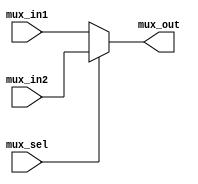
//////////////////this is for mux signextention 
module mux16 (mux_sel,mux_in1,mux_in2,mux_out);

	input [15:0] mux_in1;
	input [15:0] mux_in2;
	input mux_sel;
	output [15:0] mux_out;
	reg [15:0] mux_out;

	always @(mux_sel or mux_in1 or mux_in2) begin : proc_
		if(mux_sel) begin
			 mux_out= mux_in2;
		end else begin
			 mux_out= mux_in1;
		end
	end

endmodule